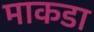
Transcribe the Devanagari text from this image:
माकडा